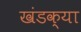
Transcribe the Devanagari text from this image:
खंडक्या